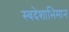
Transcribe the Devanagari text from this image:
स्वदेशाभिमान